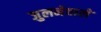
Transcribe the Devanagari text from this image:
जुलनेवाले